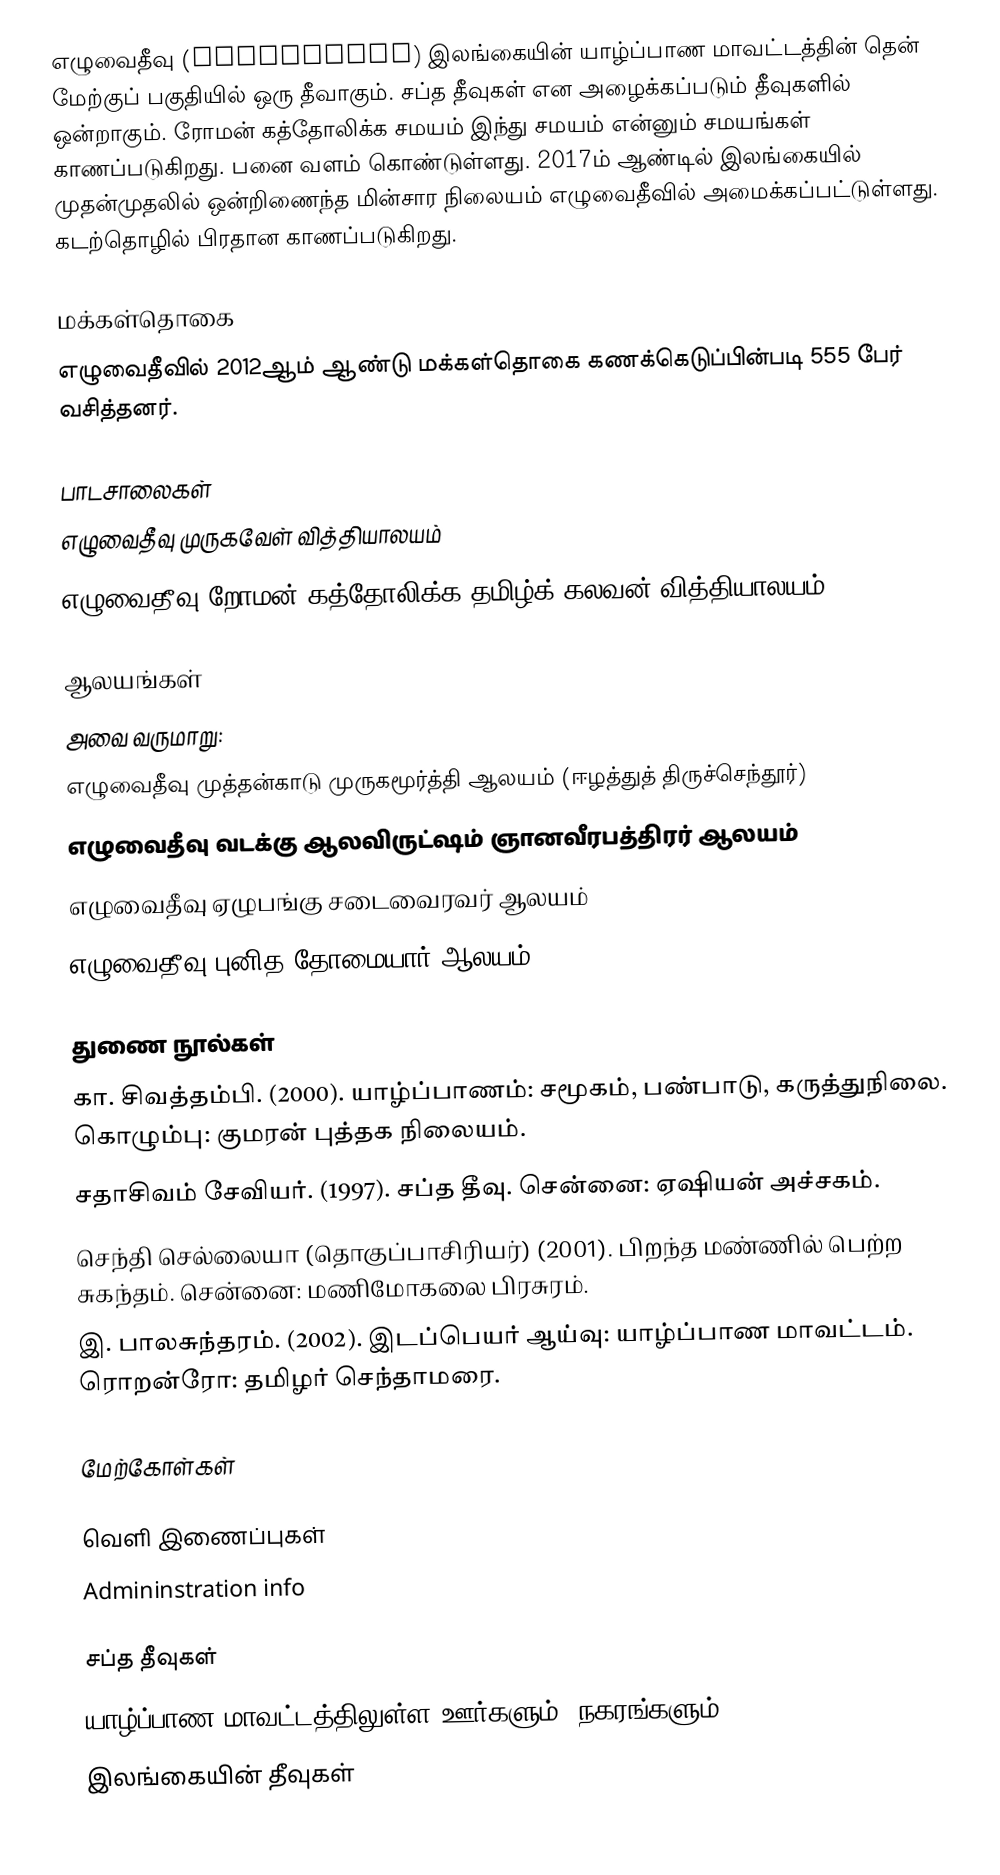
எழுவைதீவு (Eluvaitivu) இலங்கையின் யாழ்ப்பாண மாவட்டத்தின் தென் மேற்குப் பகுதியில் ஒரு தீவாகும். சப்த தீவுகள் என அழைக்கப்படும் தீவுகளில் ஒன்றாகும். ரோமன் கத்தோலிக்க சமயம் இந்து சமயம் என்னும் சமயங்கள் காணப்படுகிறது. பனை வளம் கொண்டுள்ளது. 2017ம் ஆண்டில் இலங்கையில் முதன்முதலில் ஒன்றிணைந்த மின்சார நிலையம் எழுவைதீவில் அமைக்கப்பட்டுள்ளது. கடற்தொழில் பிரதான காணப்படுகிறது.

மக்கள்தொகை
எழுவைதீவில் 2012ஆம் ஆண்டு மக்கள்தொகை கணக்கெடுப்பின்படி 555 பேர் வசித்தனர்.

பாடசாலைகள்
 எழுவைதீவு முருகவேள் வித்தியாலயம்
 எழுவைதீவு றோமன் கத்தோலிக்க தமிழ்க் கலவன் வித்தியாலயம்

ஆலயங்கள்
அவை வருமாறு:
 எழுவைதீவு முத்தன்காடு முருகமூர்த்தி ஆலயம் (ஈழத்துத் திருச்செந்தூர்)
 எழுவைதீவு வடக்கு ஆலவிருட்ஷம் ஞானவீரபத்திரர் ஆலயம்
 எழுவைதீவு ஏழுபங்கு சடைவைரவர் ஆலயம்
 எழுவைதீவு புனித தோமையார் ஆலயம்

துணை நூல்கள்
 கா. சிவத்தம்பி. (2000).  யாழ்ப்பாணம்: சமூகம், பண்பாடு, கருத்துநிலை. கொழும்பு: குமரன் புத்தக நிலையம்.
 சதாசிவம் சேவியர். (1997).  சப்த தீவு. சென்னை: ஏஷியன் அச்சகம்.
 செந்தி செல்லையா (தொகுப்பாசிரியர்) (2001). பிறந்த மண்ணில் பெற்ற சுகந்தம். சென்னை: மணிமோகலை பிரசுரம்.
 இ. பாலசுந்தரம். (2002). இடப்பெயர் ஆய்வு: யாழ்ப்பாண மாவட்டம். ரொறன்ரோ: தமிழர் செந்தாமரை.

மேற்கோள்கள்

வெளி இணைப்புகள்
 Admininstration info

சப்த தீவுகள்
யாழ்ப்பாண மாவட்டத்திலுள்ள ஊர்களும், நகரங்களும்
இலங்கையின் தீவுகள்